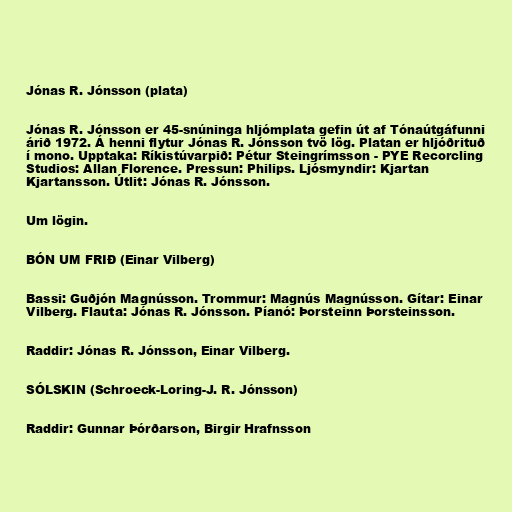
Jónas R. Jónsson (plata)

Jónas R. Jónsson er 45-snúninga hljómplata gefin út af Tónaútgáfunni
árið 1972. Á henni flytur Jónas R. Jónsson tvö lög. Platan er hljóðrituð
í mono. Upptaka: Ríkistúvarpið: Pétur Steingrímsson - PYE Recorcling
Studios: Allan Florence. Pressun: Philips. Ljósmyndir: Kjartan
Kjartansson. Útlit: Jónas R. Jónsson.

Um lögin.

BÓN UM FRIÐ (Einar Vilberg)

Bassi: Guðjón Magnússon. Trommur: Magnús Magnússon. Gítar: Einar
Vilberg. Flauta: Jónas R. Jónsson. Píanó: Þorsteinn Þorsteinsson.

Raddir: Jónas R. Jónsson, Einar Vilberg.

SÓLSKIN (Schroeck-Loring-J. R. Jónsson)

Raddir: Gunnar Þórðarson, Birgir Hrafnsson